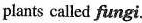
plants called fungi.